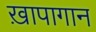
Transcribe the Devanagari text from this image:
ख़ापागान